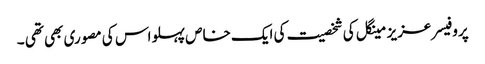
پروفیسر عزیز مینگل کی شخصیت کی ایک خاص پہلو اس کی مصوری بھی تھی ۔